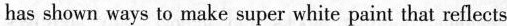
has shown ways to make super white paint that reflects